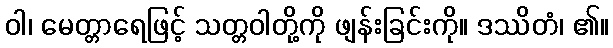
ဝါ၊ မေတ္တာရေဖြင့် သတ္တဝါတို့ကို ဖျန်းခြင်းကို။ ဒဿိတံ၊ ၏။